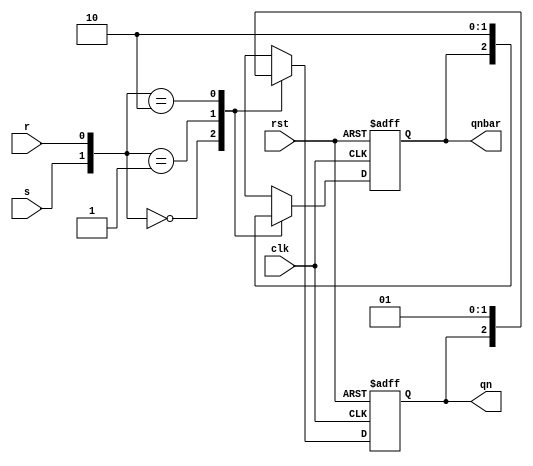

module SR_flipflop(input s, r, clk, rst, output reg qn, qnbar);

 always@(posedge clk or posedge rst)begin
  if(rst) begin
   qn = 0 ; qnbar = 1;
  end
  
  else
   begin
  case({s,r})
  
  2'b00 : begin qn = qn; qnbar = qnbar; end
  2'b01 : begin qn = 0 ; qnbar = 1; end
  2'b10 : begin qn = 1 ; qnbar = 0; end
  2'b11 : begin qn = 1'bx ; qnbar = 1'bx; end
  
  endcase
   end 
  end
endmodule